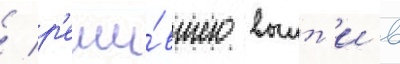
/ р'еши́вшего выит'и в